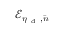
\mathcal { E } _ { \eta _ { \mathrm { ~ d ~ } } , \bar { n } }